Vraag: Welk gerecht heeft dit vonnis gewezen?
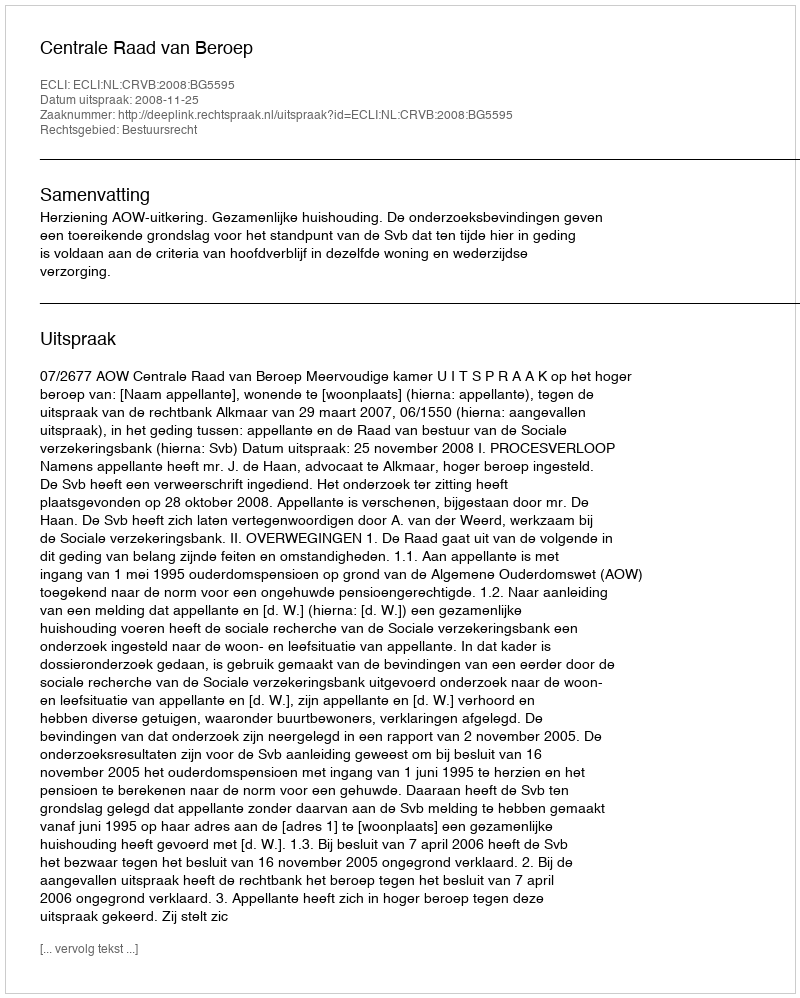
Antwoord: Centrale Raad van Beroep